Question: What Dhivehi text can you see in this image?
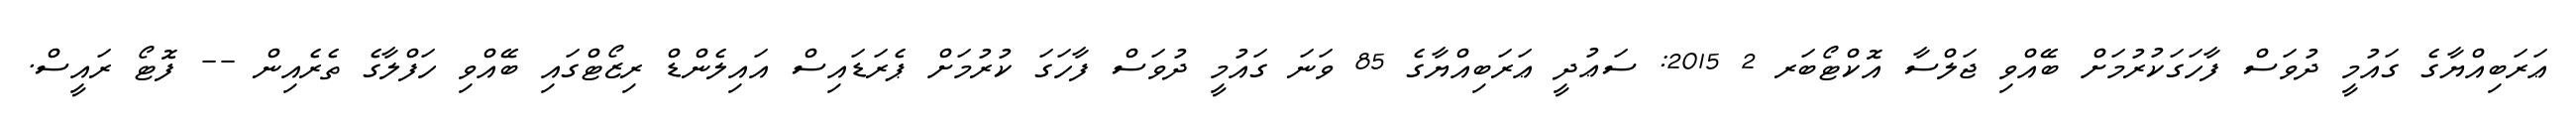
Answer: ޢަރަބިއްޔާގެ ގައުމީ ދުވަސް ފާހަގަކުރުމަށް ބޭއްވި ޖަލްސާ އޮކްޓޯބަރ 2 2015: ސަޢުދީ ޢަރަބިއްޔާގެ 85 ވަނަ ގައުމީ ދުވަސް ފާހަގަ ކުރުމަށް ޕެރަޑައިސް އައިލެންޑް ރިޒޯޓްގައި ބޭއްވި ހަފްލާގެ ތެރެއިން -- ފޮޓޯ ރައީސް.